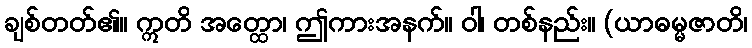
ချစ်တတ်၏။ ဣတိ အတ္ထော၊ ဤကားအနက်။ ဝါ၊ တစ်နည်း။ (ယာဓမ္မဇာတိ၊